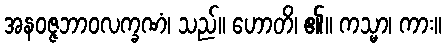
အနဝဇ္ဇဘာဝလက္ခဏံ၊ သည်။ ဟောတိ၊ ၏။ ကသ္မာ၊ ကား။